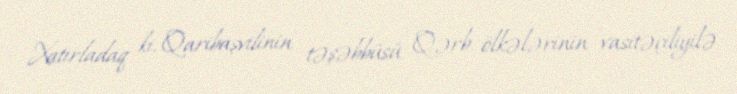
Xatırladaq ki, Qaribaşvilinin təşəbbüsü Qərb ölkələrinin vasitəçiliyilə